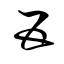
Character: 五